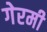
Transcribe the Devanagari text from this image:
गेरमी